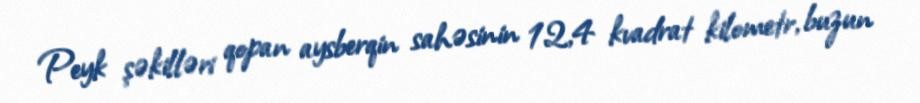
Peyk şəkilləri qopan aysberqin sahəsinin 12,4 kvadrat kilometr, buzun